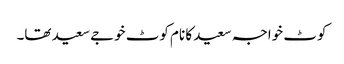
کوٹ خواجہ سعید کا نام کوٹ خوجے سعید تھا۔